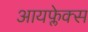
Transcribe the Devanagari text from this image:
आयफ्लेक्स